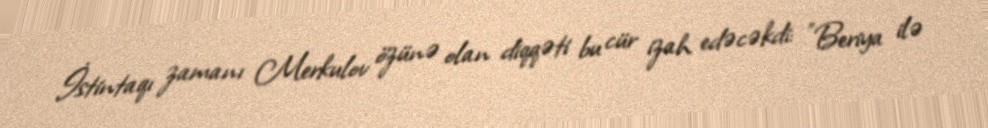
İstintaqı zamanı Merkulov özünə olan diqqəti bu cür izah edəcəkdi: "Beriya ilə